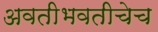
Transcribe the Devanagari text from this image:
अवतीभवतीचेच